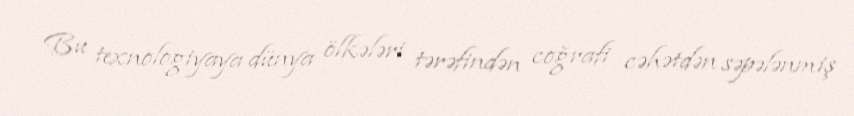
Bu texnologiyaya dünya ölkələri tərəfindən coğrafi cəhətdən səpələnmiş